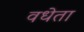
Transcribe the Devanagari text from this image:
वधेता